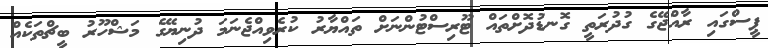
ޕީސްގައި ރާއްޖޭގެ ގުދުރަތީ ގޮނޑުދޮށްތައް ޓޫރިސްޓުންނަށް ތައްޔާރު ކުރެވިއްޖެނަމަ ދުނިޔޭގެ މަޝްހޫރު ބީޗްތަކެއް